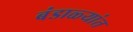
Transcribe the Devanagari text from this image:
बंडाळ्यांत